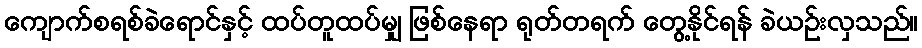
ကျောက်စရစ်ခဲရောင်နှင့် ထပ်တူထပ်မျှ ဖြစ်နေရာ ရုတ်တရက် တွေ့နိုင်ရန် ခဲယဉ်းလှသည်။